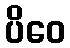
ပိဝေ